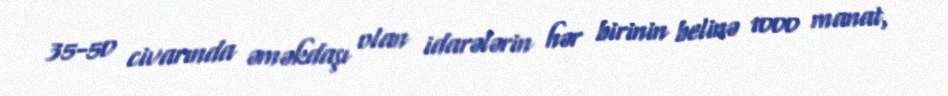
35-50 civarında əməkdaşı olan idarələrin hər birinin belinə 1000 manat,